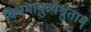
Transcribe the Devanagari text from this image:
विश्वमायुर्व्यश्नुताम्‌